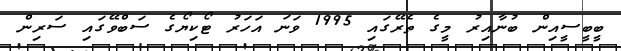
ބީބީސީއިން ބުނާއިރު މީގެ ތެރޭގައި 1995 ވަނަ އަހަރު ޓޯކިޔޯގެ ސަބްވޭގައި ސަރިން